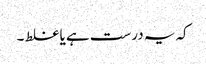
کہ یہ درست ہے یا غلط ۔